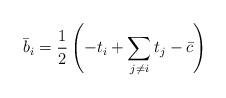
LaTeX: \begin{align*} \bar b_i=\frac12\left(-t_i+\sum_{j\neq i}t_j-\bar c\right) \end{align*}